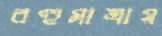
বহুমাত্রায়